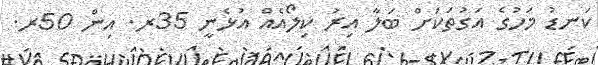
ކަނޑު މަހުގެ އަގުތަކަށް ބަލާ އިރު ކިލޯއެއް އުޅެނީ 35ރ. އިން 50ރ.